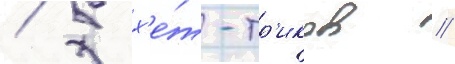
/ 5 х'е́т-тр'иков /